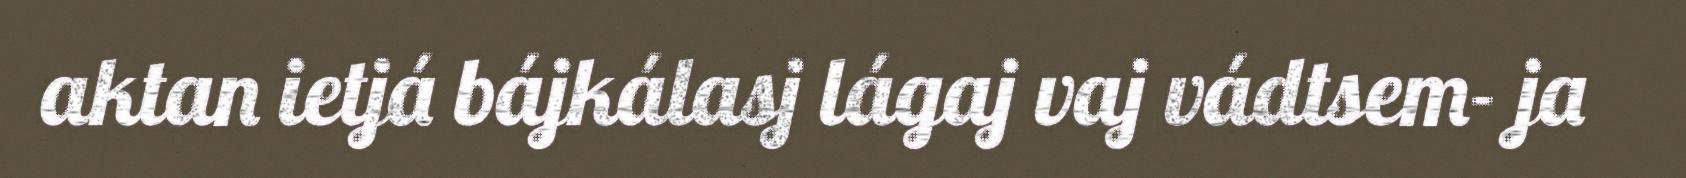
aktan ietjá bájkálasj lágaj vaj vádtsem- ja